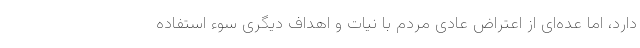
دارد، اما عده‌ای از اعتراض عادی مردم با نیات و اهداف دیگری سوء استفاده